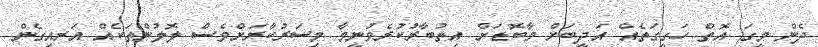
ދެން މީގަ އޮތް ހަގީގަތެއް އަދީބަށް މާބޮޑަށް އިތުބާރުކުރެވުނީމާ މިސަރުކާރަށްވެސް ލޮލުންތަކެއް އަރއިގެން